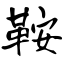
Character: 鞍